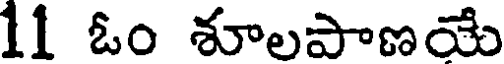
11 ఓం శూలపాణయే